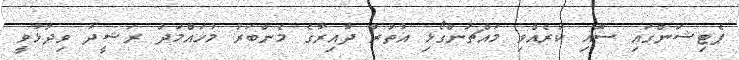
ޕެޓިޝަންގައި ސޮއި ކުރެއްވި މައްޗަންގޯޅި އުތުރު ދާއިރާގެ މެންބަރު މުހައްމަދު ރަޝީދު ވިދާޅުވީ